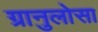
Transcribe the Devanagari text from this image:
ग्रानुलोसा